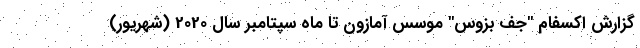
گزارش اکسفام "جف بزوس" موسس آمازون تا ماه سپتامبر سال 2020 (شهریور)